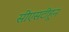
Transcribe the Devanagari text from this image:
सीएसटीहून